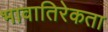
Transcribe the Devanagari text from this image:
भावातिरेकता